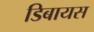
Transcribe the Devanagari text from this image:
डिबायस